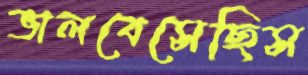
ভালবেসেছিস